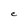
Character: C